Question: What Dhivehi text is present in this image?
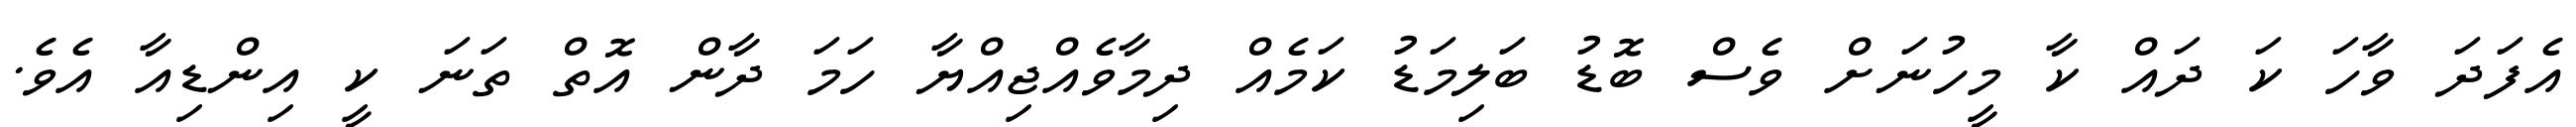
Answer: އެފަދަ ވާހަ ކަ ދައް ކާ މީހުނަށް ވެސް ބޮޑު ބަލިމަޑު ކަމެއް ދިމާވެއްޖިއްޔާ ހަމަ ދާން އޮތް ތަނަ ކީ އިންޑިއާ އެވެ.